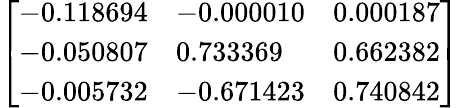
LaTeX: \left[\begin{array}{lll}{-0.118694}&{-0.000010}&{0.000187}\\ {-0.050807}&{0.733369}&{0.662382}\\ {-0.005732}&{-0.671423}&{0.740842}\end{array}\right]